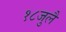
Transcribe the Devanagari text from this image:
१८जुलै